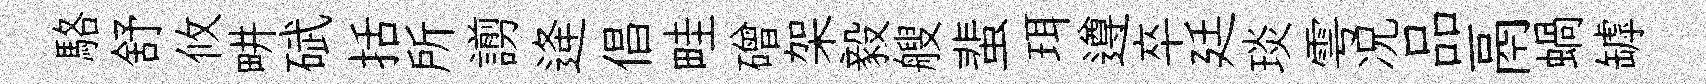
駱舒攸畊碔括所謭逄倡畦磳架毅艘蜚珥遵卒廷琰雩况品鬲蝸罅